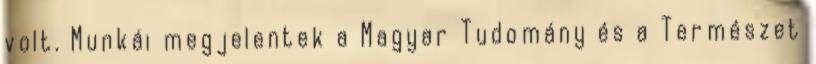
volt. Munkái megjelentek a Magyar Tudomány és a Természet